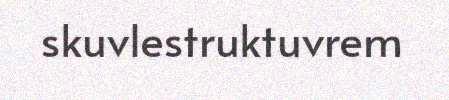
skuvlestruktuvrem